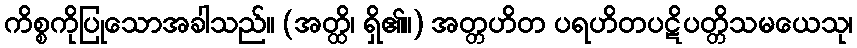
ကိစ္စကိုပြုသောအခါသည်။ (အတ္ထိ၊ ရှိ၏။) အတ္တဟိတ ပရဟိတပဋိပတ္တိသမယေသု၊